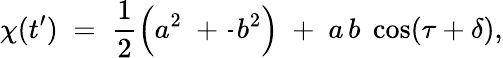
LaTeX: \chi(t^{\prime})\; =\; \frac{1}{2}\left(a^{2}\; +\frac{}{}b^{2}\right)\; +\; a\, b\; \cos(\tau+\delta),